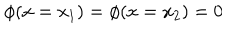
\phi ( x = x _ { 1 } ) = \phi ( x = x _ { 2 } ) = 0